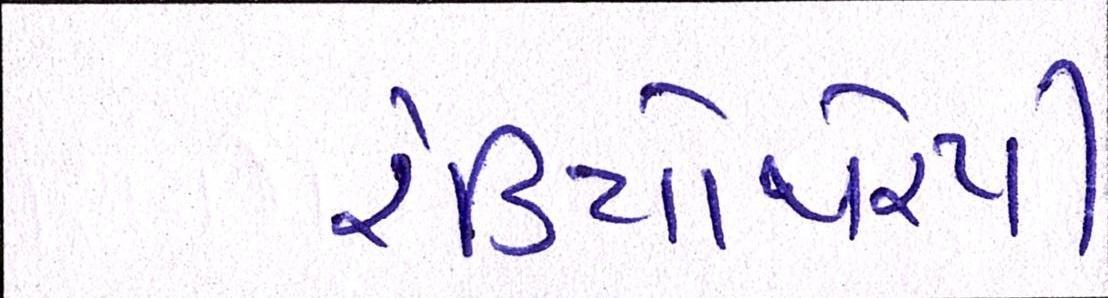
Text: રેડિયોથેરપી